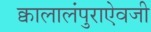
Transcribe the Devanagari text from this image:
क्वालालंपुराऐवजी